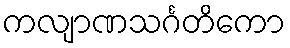
ကလျာဏသင်္ဂတိကော